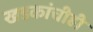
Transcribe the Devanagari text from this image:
खडकांचीही